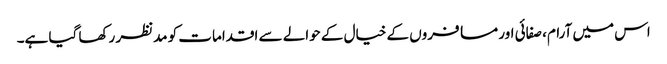
اس میں آرام، صفائی اور مسافروں کے خیال کے حوالے سے اقدامات کو مدنظر رکھا گیا ہے۔